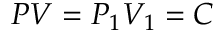
\quad P V = P _ { 1 } V _ { 1 } = C